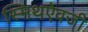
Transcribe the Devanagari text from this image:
स्मिथऐवजी